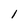
Character: l